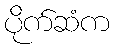
ပိုက်ဆံက